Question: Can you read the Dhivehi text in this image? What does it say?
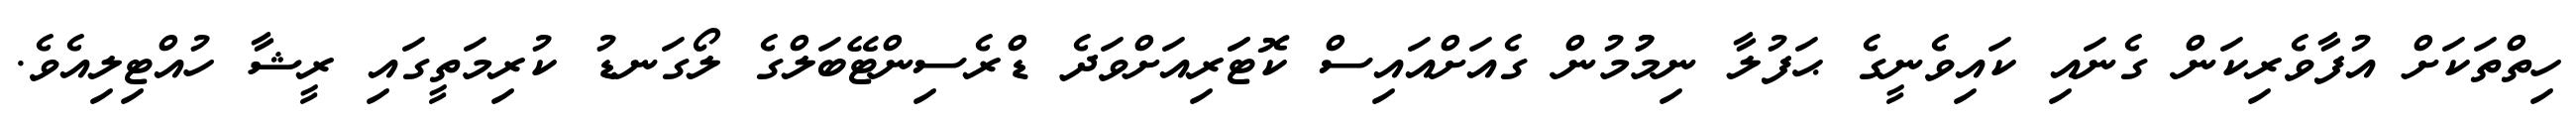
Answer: ހިތްތަކަށް އުފާވެރިކަން ގެނައި ކައިވެނީގެ ޙަފުލާ ނިމުުމުން ގެއަށްއައިސް ކޮޓަަރިއަށްވަދެ ޑްރެސިންޓޭބަލްގެ ލޯގަނޑު ކުރިމަތީގައި ރީޝާ ހުއްޓިލިއެވެ.